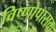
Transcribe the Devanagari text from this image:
विष्णोपासक